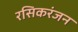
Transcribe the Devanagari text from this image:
रसिकरंजन